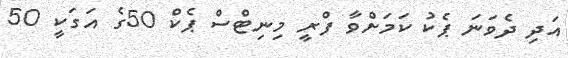
އަދި ދެވަނަ ޕެކު ކަމަށްވާ ފްރީ މިނިޓްސް ޕެކް 50ގެ އަގަކީ 50